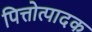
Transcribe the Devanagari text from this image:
पित्तोत्पादक